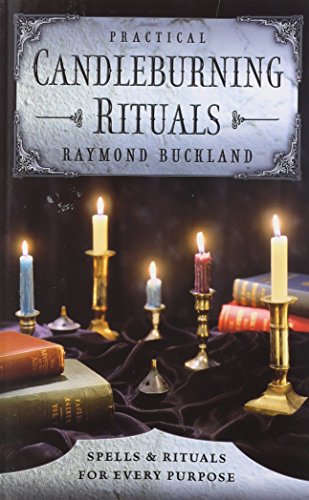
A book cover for Practical Candleburning Rituals: Spells and Rituals for Every Purpose (Llewellyn's Practical Magick Series); Raymond Buckland; Politics & Social Sciences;